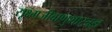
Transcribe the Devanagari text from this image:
सूक्ष्मजीवाणुशास्त्रज्ञ